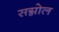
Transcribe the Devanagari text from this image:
सग्नोल